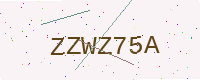
Text: ZZWZ75A